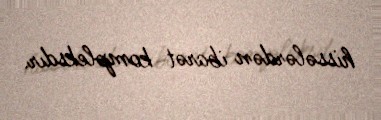
hissələrdən ibarət kompleksdır.